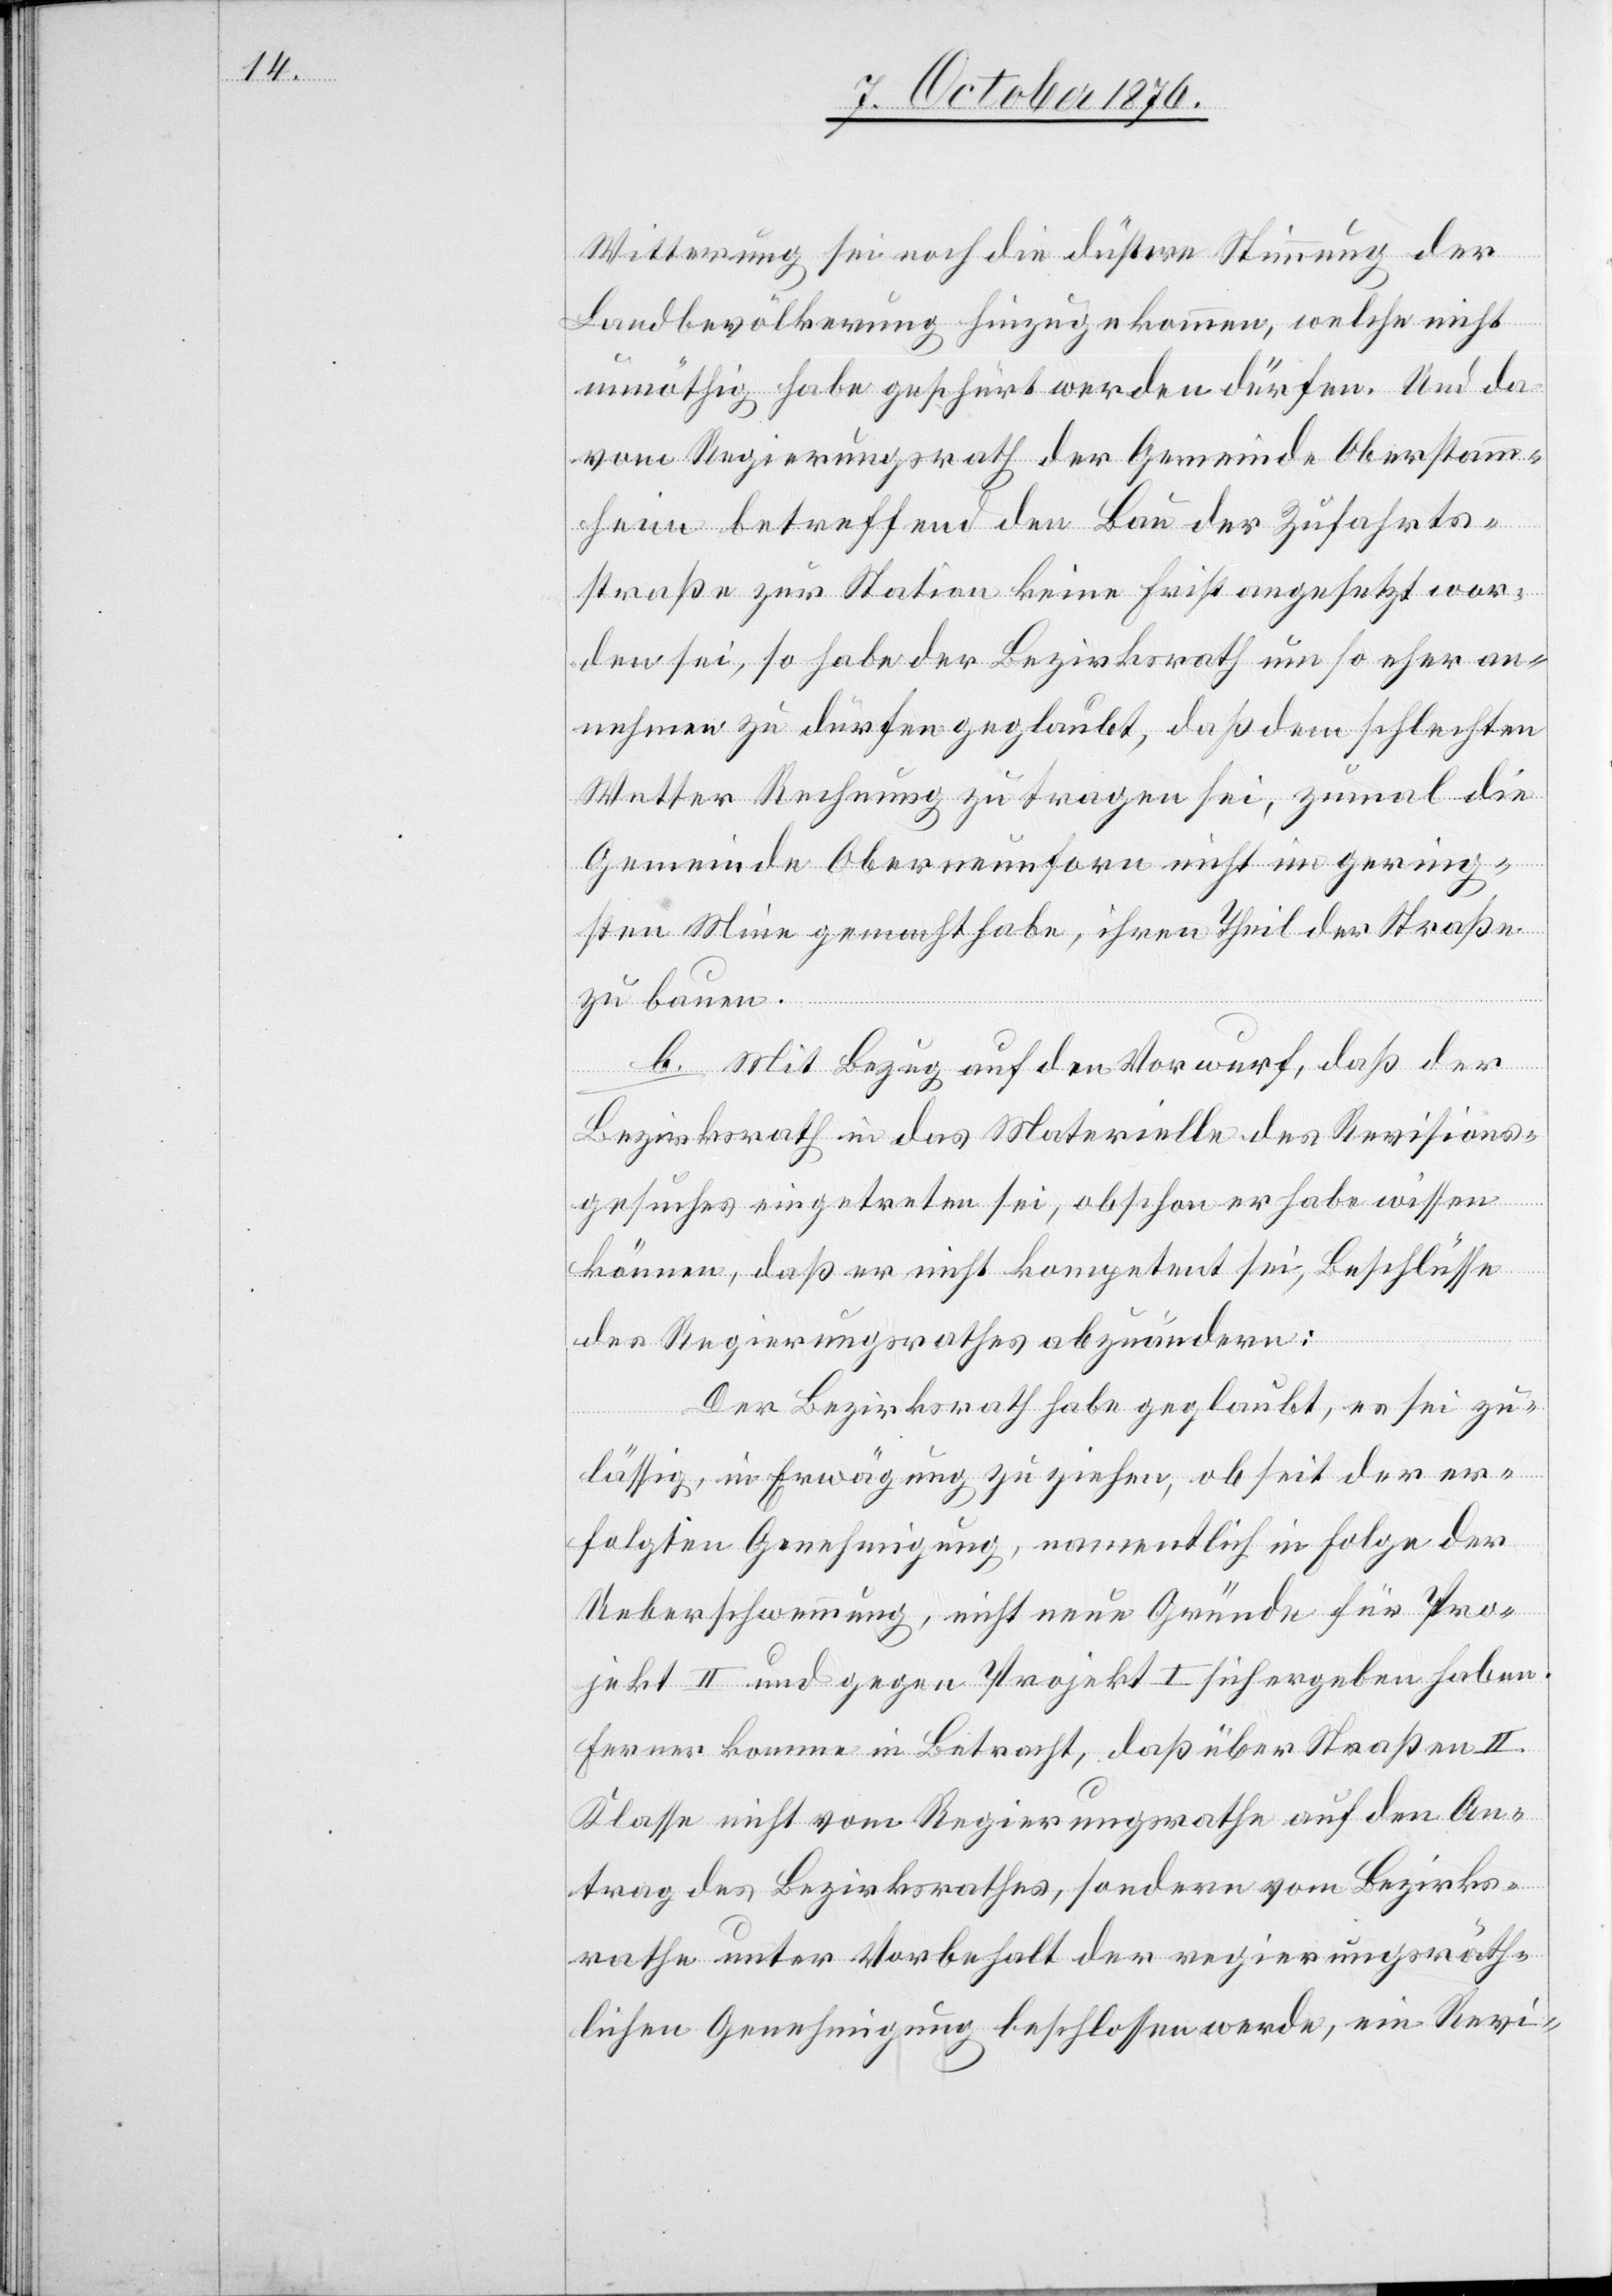
Witterung sei noch die düstere Stimmung der
Landbevölkerung hinzugekommen, welche nicht
unnöthig habe geschürt werden dürfen. Und da
vom Regierungsrath der Gemeinde Oberstamm¬
heim betreffend den Bau der Zufahrts¬
straße zur Station keine Frist angesetzt wor¬
den sei, so habe der Bezirksrath um so eher an¬
nehmen zu dürfen geglaubt, daß dem schlechten
Wetter Rechnung zu tragen sei, zumal die
Gemeinde Oberneunforn nicht im gering¬
sten Mine gemacht habe, ihren Theil der Straße
zu bauen.
b. Mit Bezug auf den Vorwurf, daß der
Bezirksrath in das Materielle des Revisions¬
gesuches eingetreten sei, obschon er habe wissen
können, daß er nicht kompetent sei, Beschlüsse
des Regierungsrathes abzuändern:
Der Bezirksrath habe geglaubt, es sei zu¬
lässig, in Erwägung zu ziehen, ob seit der er¬
folgten Genehmigung, namentlich in Folge der
Ueberschwemmung, nicht neue Gründe für Pro¬
jekt II und gegen Projekt I sich ergeben haben.
Ferner komme in Betracht, daß über Straßen II.
Klasse nicht vom Regierungsrathe auf den An¬
trag des Bezirksrathes, sondern vom Bezirks¬
rathe unter Vorbehalt der regierungsräth¬
lichen Genehmigung beschlossen werde, ein Revi-